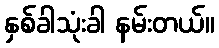
နှစ်ခါသုံးခါ နမ်းတယ်။